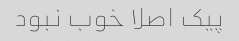
پیک اصلا خوب نبود